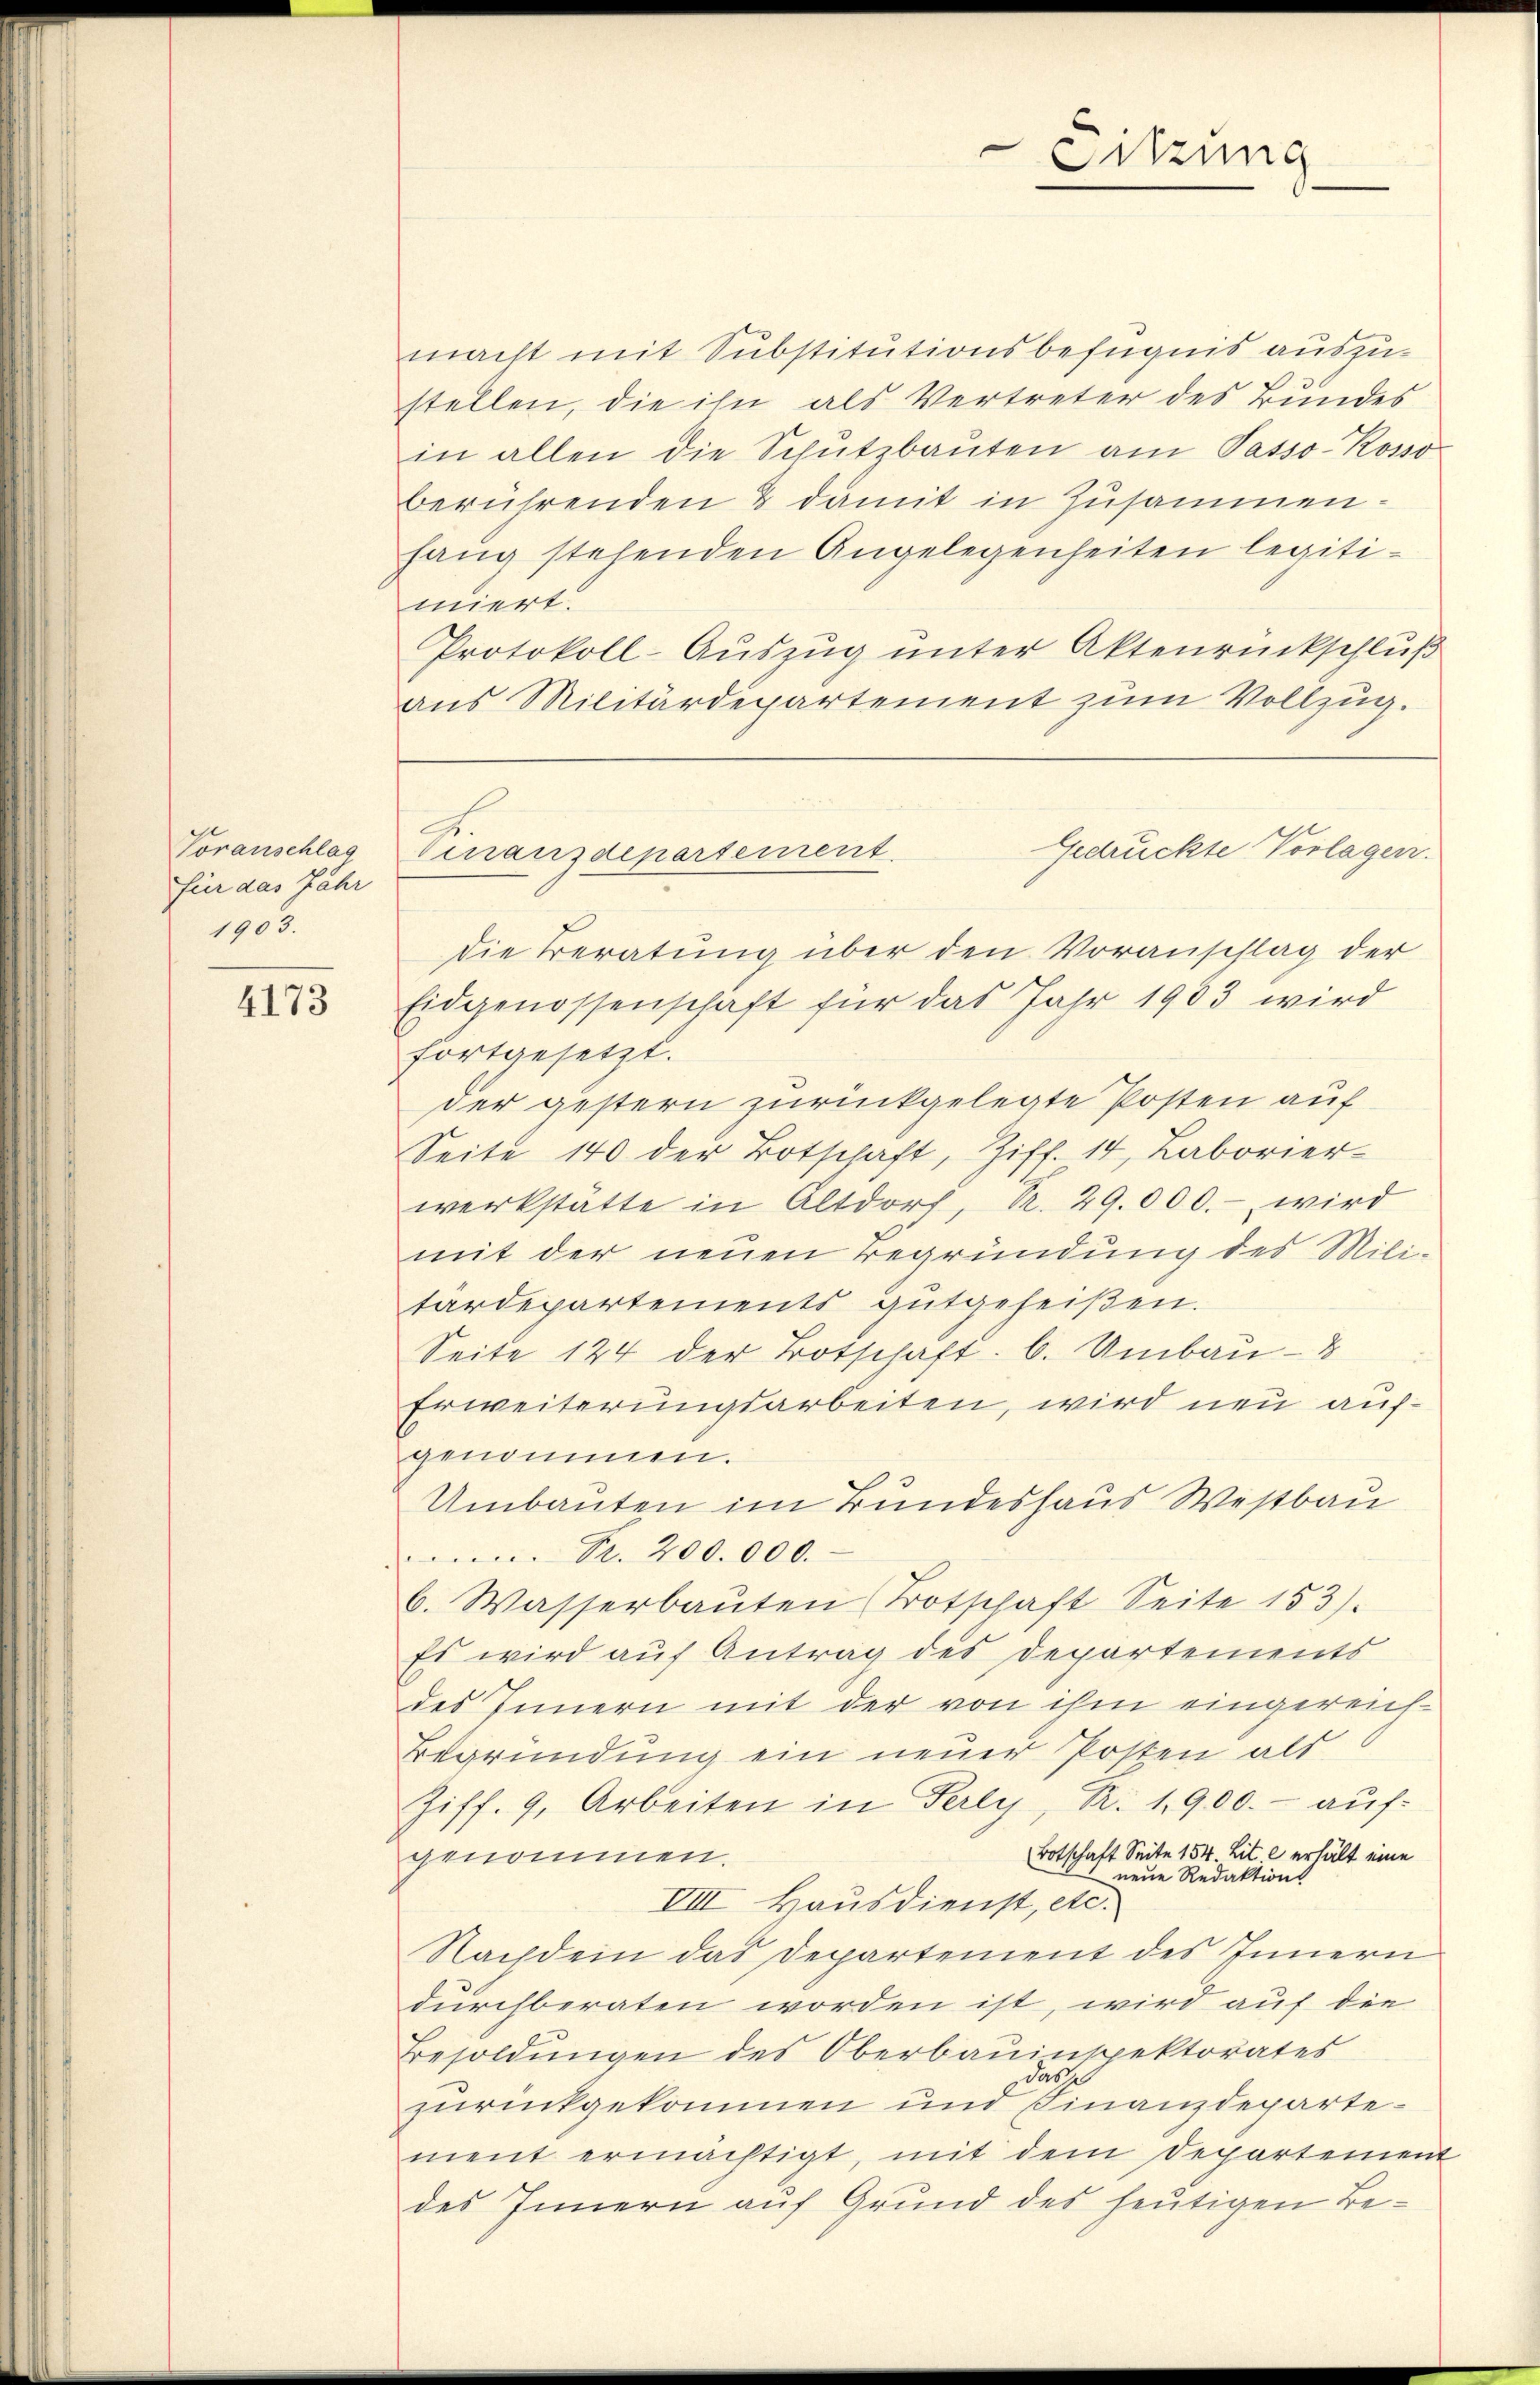
Voranschlag
für das Jahr
1905.

4173

macht mit Substitutionsbefugnis auszustellen, die ihn als Vertreter des Bundes
in allen die Schŭtzbaŭten am Passo- Rosso
berührenden & damit in Zusammenfang stehenden Angelegenheiten legitimiert.
Protokoll-Auszug unter Aktenrückschluß
aus Militärdepartement zum Vollzug.
die Beratung über den Voranschlag der
Eidgenossenschaft für das Jahr 1903 wird
fortgesetzt.
der gestern zurückgelegte Posten auf
Seite 140 der Botschaft, Ziff. 14, Laborier-
werkstätte in Altdorf, R. 29.000.- wird
mit der neuen Begründung des Mili-
tärdepartements gutgeheißen.
Seite 124 der Botschaft. b. Umbau - 8
Erweiterungsarbeiten, wird neu aufgenommen.
Umbauten im Bundeshaus Westbau
Pr. 200.000.
b. Wasserbaŭten (Totschaft Seite 153).
Es wird auf Antrag des Departements
des Innern mit der von ihm eingereich¬
Begründung ein neuer Posten als
Ziff. 9, Arbeiten in Perly, R. 1900.- auf
Botschaft Seite 154. Lit. c erhält eine
genommen.
neue Redaktions
VIII. Hausdienst, etc.
Nachdem das Departement des Innern
durchberaten worden ist, wird auf die
Besoldungen des Oberbauinspektorates
das
zurückgekommen und Finanzdepartement ermächtigt, mit dem Departement
des Innern auf Grund des heutigen Be¬

Sitzung

Gedrückte Vorlagen.
dinanzdepartement